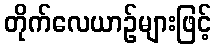
တိုက်လေယာဉ်များဖြင့်